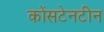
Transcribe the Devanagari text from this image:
कोंसटेनटीन